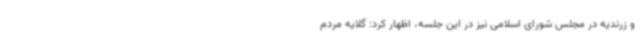
و زرندیه در مجلس شورای اسلامی نیز در این جلسه، اظهار کرد: گلایه مردم